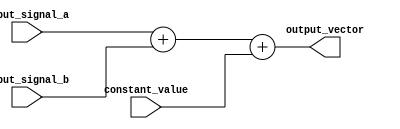
module vector_continuous_assignment (
    input wire [7:0] input_signal_a,  // 8-bit input signal A
    input wire [7:0] input_signal_b,  // 8-bit input signal B
    input wire [7:0] constant_value,   // 8-bit constant value
    output wire [7:0] output_vector     // 8-bit output vector
);

// Continuous assignment to output_vector based on input signals and a constant
assign output_vector = input_signal_a + input_signal_b + constant_value;

endmodule